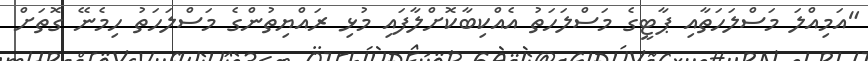
"އަމިއްލަ މަސްލަހަތާއި ޕާޓީގެ މަސްލަހަތު އެއްކިބާކޮށްލާފައި މުޅި ރައްޔިތުންގެ މަސްލަހަތު ހިމެނޭ ގޮތަށް